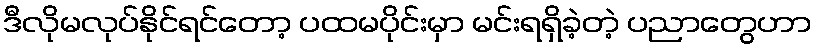
ဒီလိုမလုပ်နိုင်ရင်တော့ ပထမပိုင်းမှာ မင်းရရှိခဲ့တဲ့ ပညာတွေဟာ